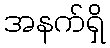
အနက်ရှိ